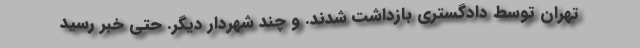
تهران توسط دادگستری بازداشت شدند. و چند شهردار دیگر. حتی خبر رسید